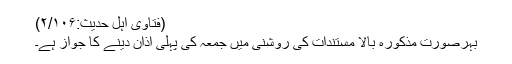
(فتاویٰ اہلِ حدیث:۲/۱۰۶)
بہرصورت مذکورہ بالا مُستندات کی روشنی میں جمعہ کی پہلی اذان دینے کا جواز ہے۔